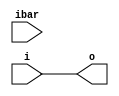
// Copyright (C) 1991-2011 Altera Corporation
// Your use of Altera Corporation's design tools, logic functions 
// and other software and tools, and its AMPP partner logic 
// functions, and any output files from any of the foregoing 
// (including device programming or simulation files), and any 
// associated documentation or information are expressly subject 
// to the terms and conditions of the Altera Program License 
// Subscription Agreement, Altera MegaCore Function License 
// Agreement, or other applicable license agreement, including, 
// without limitation, that your use is for the sole purpose of 
// programming logic devices manufactured by Altera and sold by 
// Altera or its authorized distributors.  Please refer to the 
// applicable agreement for further details.
///////////////////////////////////////////////////////////////////////////////
// cycloneiii IO IBUF atom for Formal Verification
///////////////////////////////////////////////////////////////////////////////

// MODEL BEGIN
module cycloneiii_io_ibuf (
// INTERFACE BEGIN
	i,
    ibar,
    o
// INTERFACE END
);

//Simulation only parameter
parameter differential_mode = "false";
parameter bus_hold = "false";
parameter simulate_z_as = "Z";
parameter lpm_type = "cycloneiii_io_ibuf";

//Input Ports Declaration
input i;
input ibar;

//Output Ports Declaration
output o;

// Internal signals

//IMPLEMENTATION BEGIN

assign o = i;

// IMPLEMENTATION END
endmodule
// MODEL END